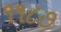
૧૧૮૭